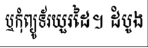
ឬកុំព្យូទ័រយួរដៃ។ ដំបូង